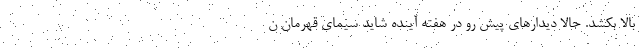
بالا بکشد. حالا دیدارهای پیش رو در هفته آینده شاید سیمای قهرمان ن